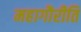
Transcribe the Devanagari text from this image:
महागौरीति